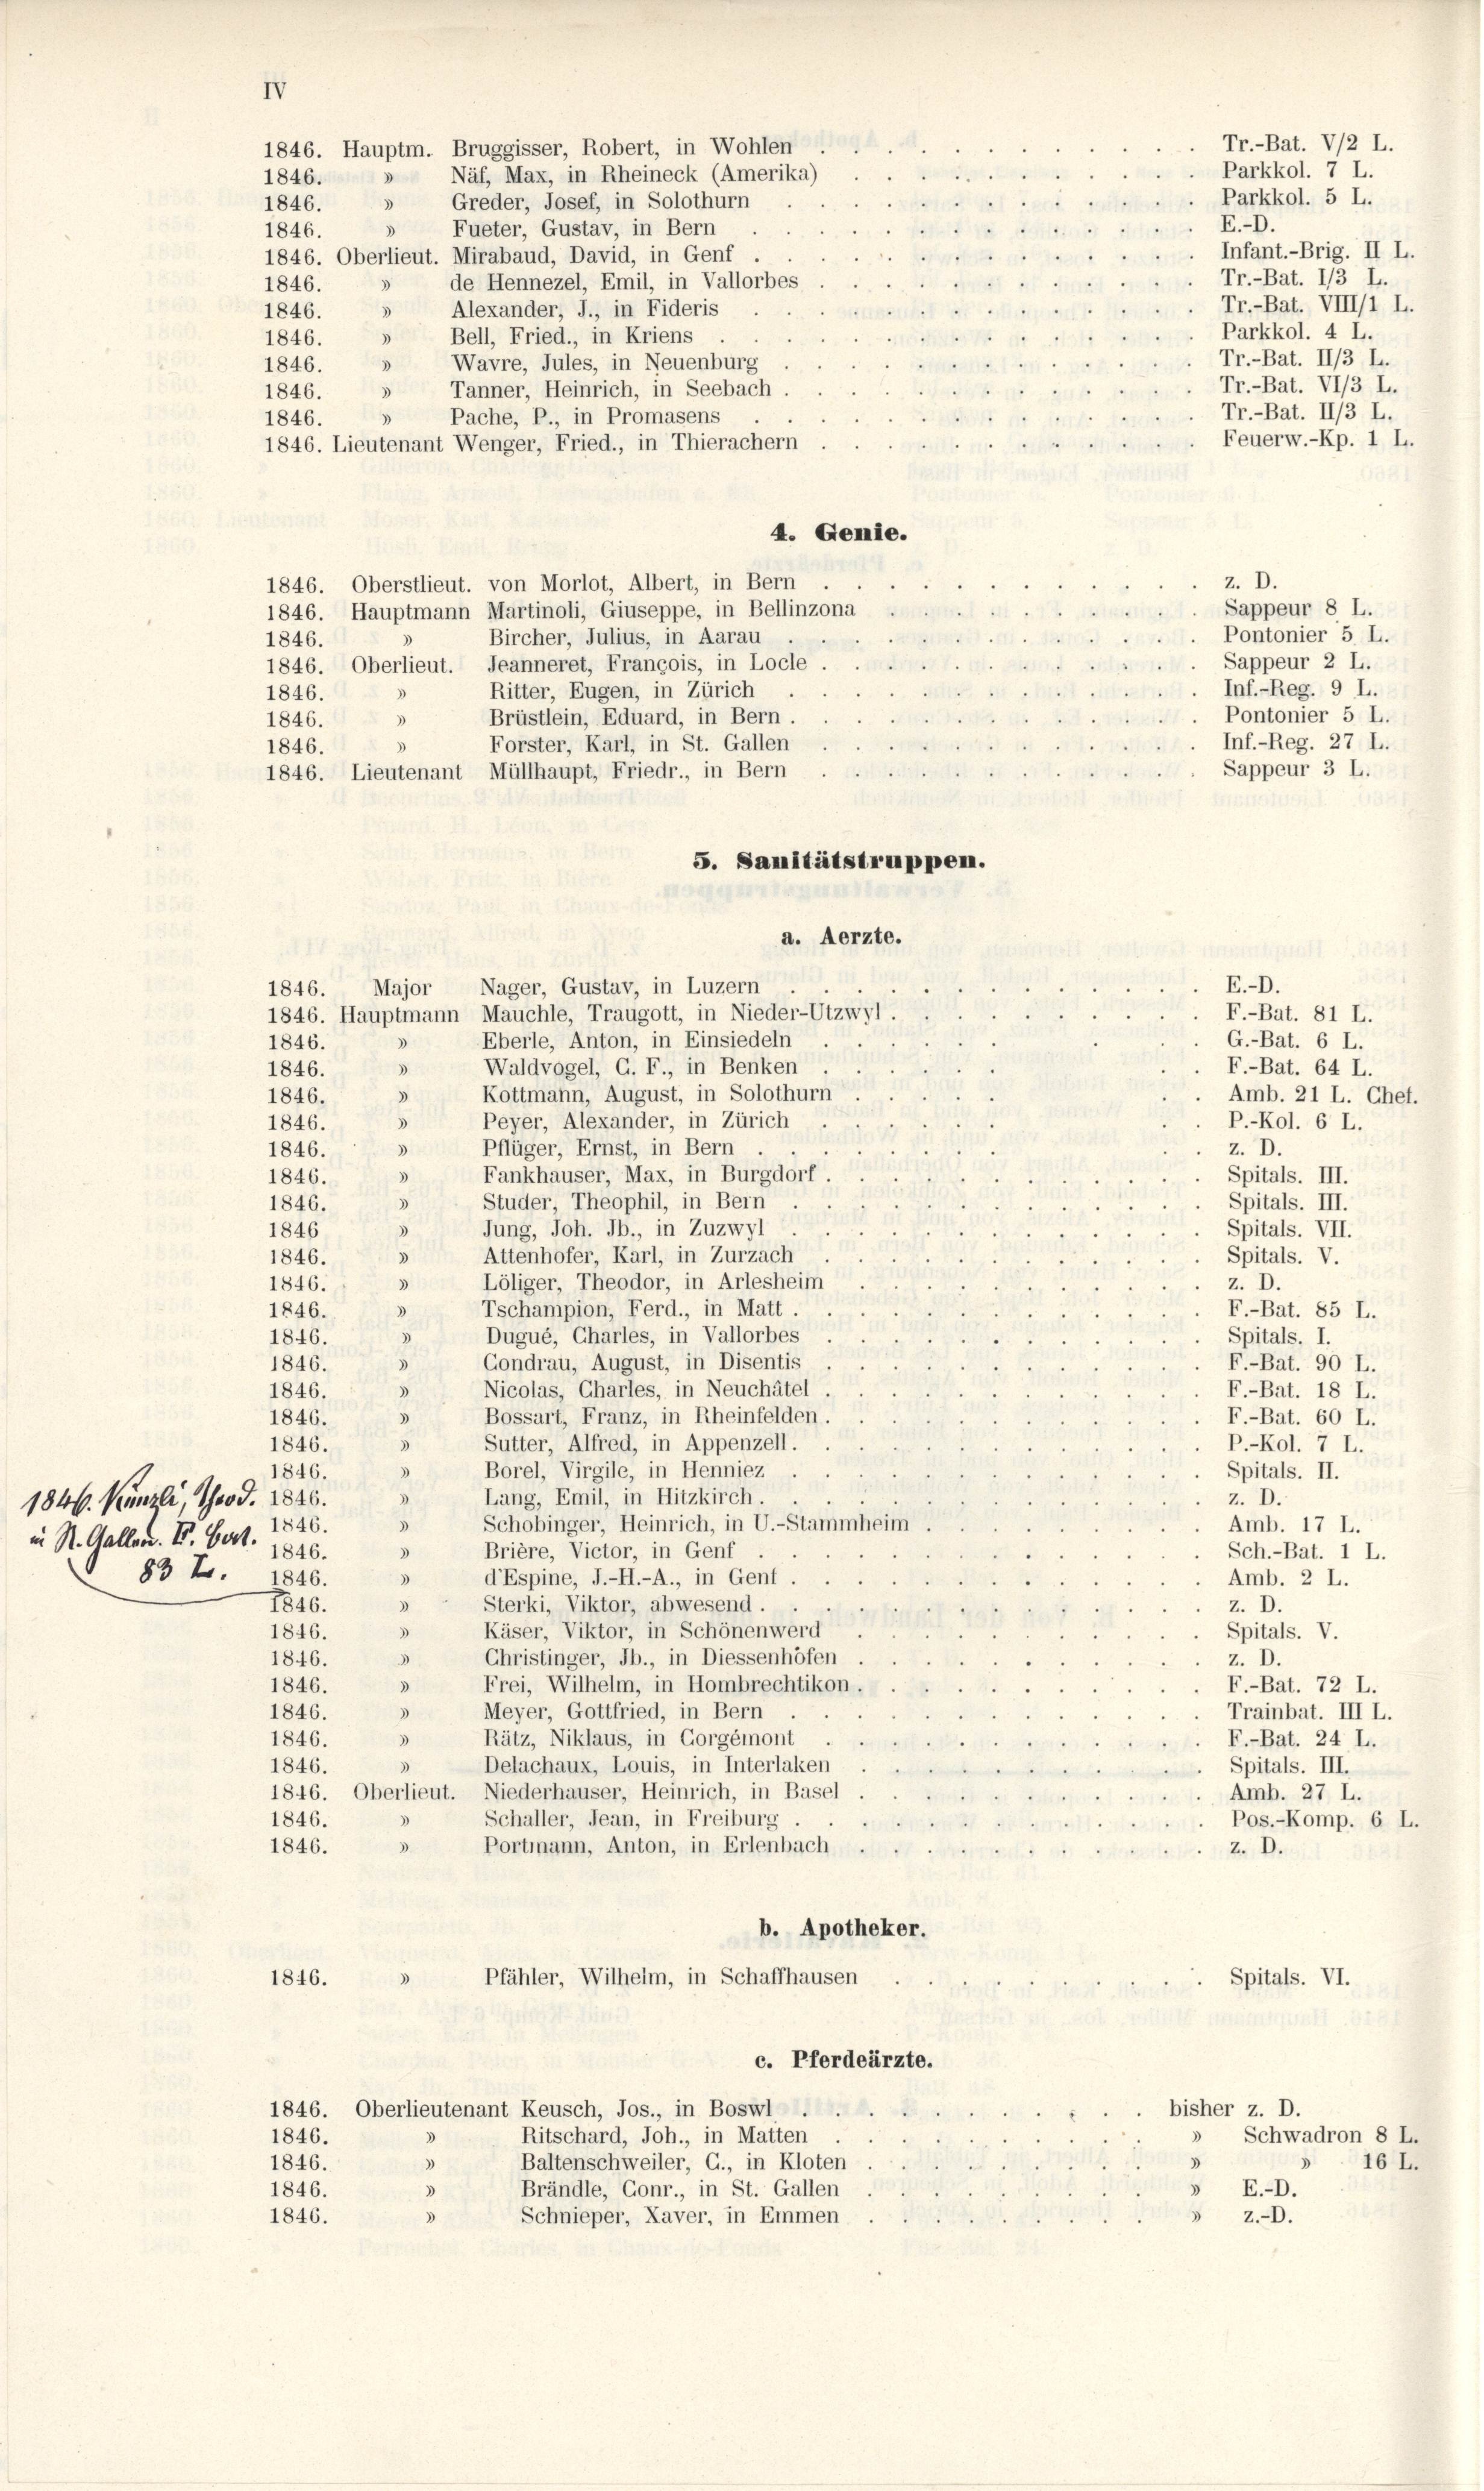
IV
1846. Hauptm. Bruggisser, Robert, in Wohlen
 Näf, Max, in Rheineck (Amerika)
1846.
1846. » Greder, Josef, in Solothurn
» Fueter, Gustav, in Bern
1846.
1846. Oberlieut. Mirabaud, David, in Genf
de Hennezel, Emil, in Vallorbes
1846.
1846. » Alexander, J., in Fideris
Bell, Fried., in Kriens
3
1846.
Wavre, Jules, in Neuenburg
1846.
1846. Tanner, Heinrich, in Seebach
1846. » Pache, P., in Promasens
1846. Lieutenant Wenger, Fried., in Thierachern
4. Genie.
1846. Oberstlieut. von Morlot, Albert, in Bern
1846. Hauptmann Martinoli, Giuseppe, in Bellinzona
Bircher, Julius, in Aarau
.
1846.
1846. Oberlieut. Jeanneret, François, in Locle
Ritter, Eugen, in Zürich
1846.
3
Brüstlein, Eduard, in Bern
3
1846.
Forster, Karl, in St. Gallen
.
1846.
1846. Lieutenant Müllhaupt, Friedr., in Bern
5. Sanitätstruppen.
a. Aerzte.
Nager, Gustav, in Luzern
Major
1846.
1846. Hauptmann Mauchle, Traugott, in Nieder-Utzwyl
Eberle, Anton, in Einsiedeln
1846.
3
Waldvogel, G. F., in Benken
1846.
3
Kottmann, August, in Solothurn
3
1846.
Peyer, Alexander, in Zürich
3
1846.
Pflüger, Ernst, in Bern
3
1846.
Fankhauser, Max, in Burgdorf
3
1846.
Studer, Theophil, in Bein
3
1846.
Jung, Joh. Jb., in Zuzwyl
)
1846
Attenhofer, Karl, in Zurzach
1846.
3
Löliger, Theodor, in Arlesheim
3
1846.
Tschampion, Ferd., in Matt.
d
1846.
.
.
Dugué, Charles, in Vallorbes
1846.
Gondrau, August, in Disentis
1846.
Nicolas, Charles, in Neuchâtel
1846.
3
Bossart, Franz, in Rheinfelden.
1846.
Sutter, Alfred, in Appenzell.
3
1846.
Borel, Virgile, in Henniez
1846.
3
Lang, Emil, in Hitzkirch . .
i
1846. Kanzli, Theod. 1846.
Schobinger, Heinrich, in U.-Stammheim.
3
1846.
in St. Gallen. E. Gert. 1826.
Brière, Victor, in Genf
.
83 Z. 1846.
d’Espine, J.-H.-A., in Genf
.
Sterki, Viktor, abwesend.
I
1846.
Käser, Viktor, in Schönen werd
3
1846.
Christinger, Jb., in Diessenhöfen
.
1846.
Frei, Wilhelm, in Hombrechtikon
3
1846.
Meyer, Gottfried, in Bern
3
1846.
3
Rätz, Niklaus, in Gorgémont
1846.
3
Delachaux, Louis, in Interlaken
1846.
1846. Oberlieut. Niederhäuser, Heinrich, in Basel
Schaller, Jean, in Freiburg
3
1846.
d
1846.
Portmann, Anton, in Erlenbach.
b. Apotheker.
Pfähler, Wilhelm, in Schaffhausen
1846.
c. Pferdeärzte.
1846. Oberlieutenant Keusch, Jos., in Boswi
Ritschard, Joh., in Matten ..
1846.
3
Baltenschweiler, G., in Kloten
1846.
3
Brändle, Gonr., in St. Gallen
1846.
Schnieper, Kaver, in Emmen
1846.

Tr.-Bat. V/2 L.
Parkkol. 7 L.
Parkkol. 5 L.
E.D.
Infant.-Brig. II L.
Tr.-Bat. 1/3 L.
Tr.-Bat. VIII/1 L.
Parkkol. 4 L.
Tr.-Bat. II/3 L.
Tr.-Bat. VI/3 L.
Tr.-Bat. II/3 L.
Feuerw.-Kp. 1 L.

z. D.
Sappeur 8 L.
Pontonier 5 L.
Sappeur 2 L.
Inf.-Reg. 9 L.
Pontonier 5 L.
Inf.-Reg. 27 L.
Sappeur 3 L.

E.-D.
F.-Bat. 81 L.
G.-Bat. 6 L.
F.-Bat. 64 L.
Amb. 21 L. Chef.
P.-Kol. 6 L.
z. D.
Spitals. III.
Spitals. III.
Spitals. VII.
Spitals. V.
z. D.
F.-Bat. 85 L.
Spitals. I.
F.-Bat. 90 L.
F.-Bat. 18 L.
F.-Bat. 60 L.
P.-Kol. 7 L.
Spitals. II.
z. D.
Amb. 17 L.
Sch.-Bat. 1 L.
Amb. 2 L.
z. D.
Spitals. V.
z. D.
F.-Bat. 72 L.
Trainbat. III L.
F.-Bat. 24 L.
Spitals. III.
Amb. 27 L.
Pos.-Komp. 6 L.
z. D.

bisher z. D.
» Schwadron 8 L.
.
16 L.
E.-D.
 z.-O.

Spitals. VI.